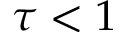
\tau < 1